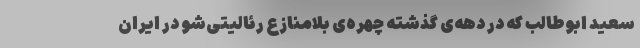
سعید ابوطالب که در دهه‌ی گذشته چهره‌ی بلامنازع رئالیتی‌شو در ایران